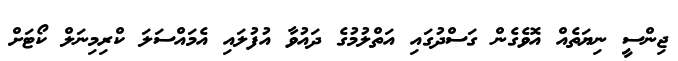
ޖިންސީ ނިޔަތެއް އޮވެގެން ގަސްދުގައި އަތްލުމުގެ ދައުވާ އުފުލައި އެމައްސަލަ ކްރިމިނަލް ކޯޓަށް